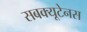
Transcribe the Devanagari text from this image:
सबक्यूटेनस